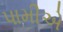
પામીએ